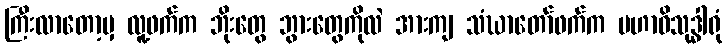
ကြီးလာတော့မှ လူ့ဖက်က ဘိုးတွေ ဘွားတွေကိုလဲ အားကျ သံဃာတော်ဖက်က မဟာဝိသုဒ္ဓါရုံ